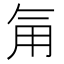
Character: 𮗟